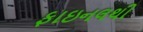
ફાઇનલથી